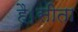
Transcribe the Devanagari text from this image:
है।सीता